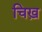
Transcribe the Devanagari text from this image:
चिख़